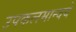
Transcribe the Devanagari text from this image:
उपकलमान्वये